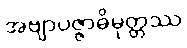
အဗျာပဇ္ဇာဓိမုတ္တဿ